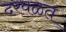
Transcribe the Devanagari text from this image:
दरवळत